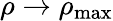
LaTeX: \rho\rightarrow\rho_{\mathrm{max}}